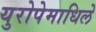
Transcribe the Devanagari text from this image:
युरोपेमाधिले